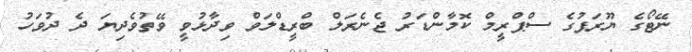
ނޭޓޯގެ ޔޫރަޕުގެ ސްޕްރީމް ކޮމާންޑަރު ޖެނެރަލް ބްރީޑްލަވް ވިދާޅުވީ ވޭތުވެދިޔަ ދެ ދުވަހު